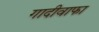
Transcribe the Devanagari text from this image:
गादीवाफा